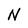
Character: N